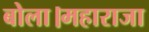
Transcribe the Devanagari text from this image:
बोला।महाराजा